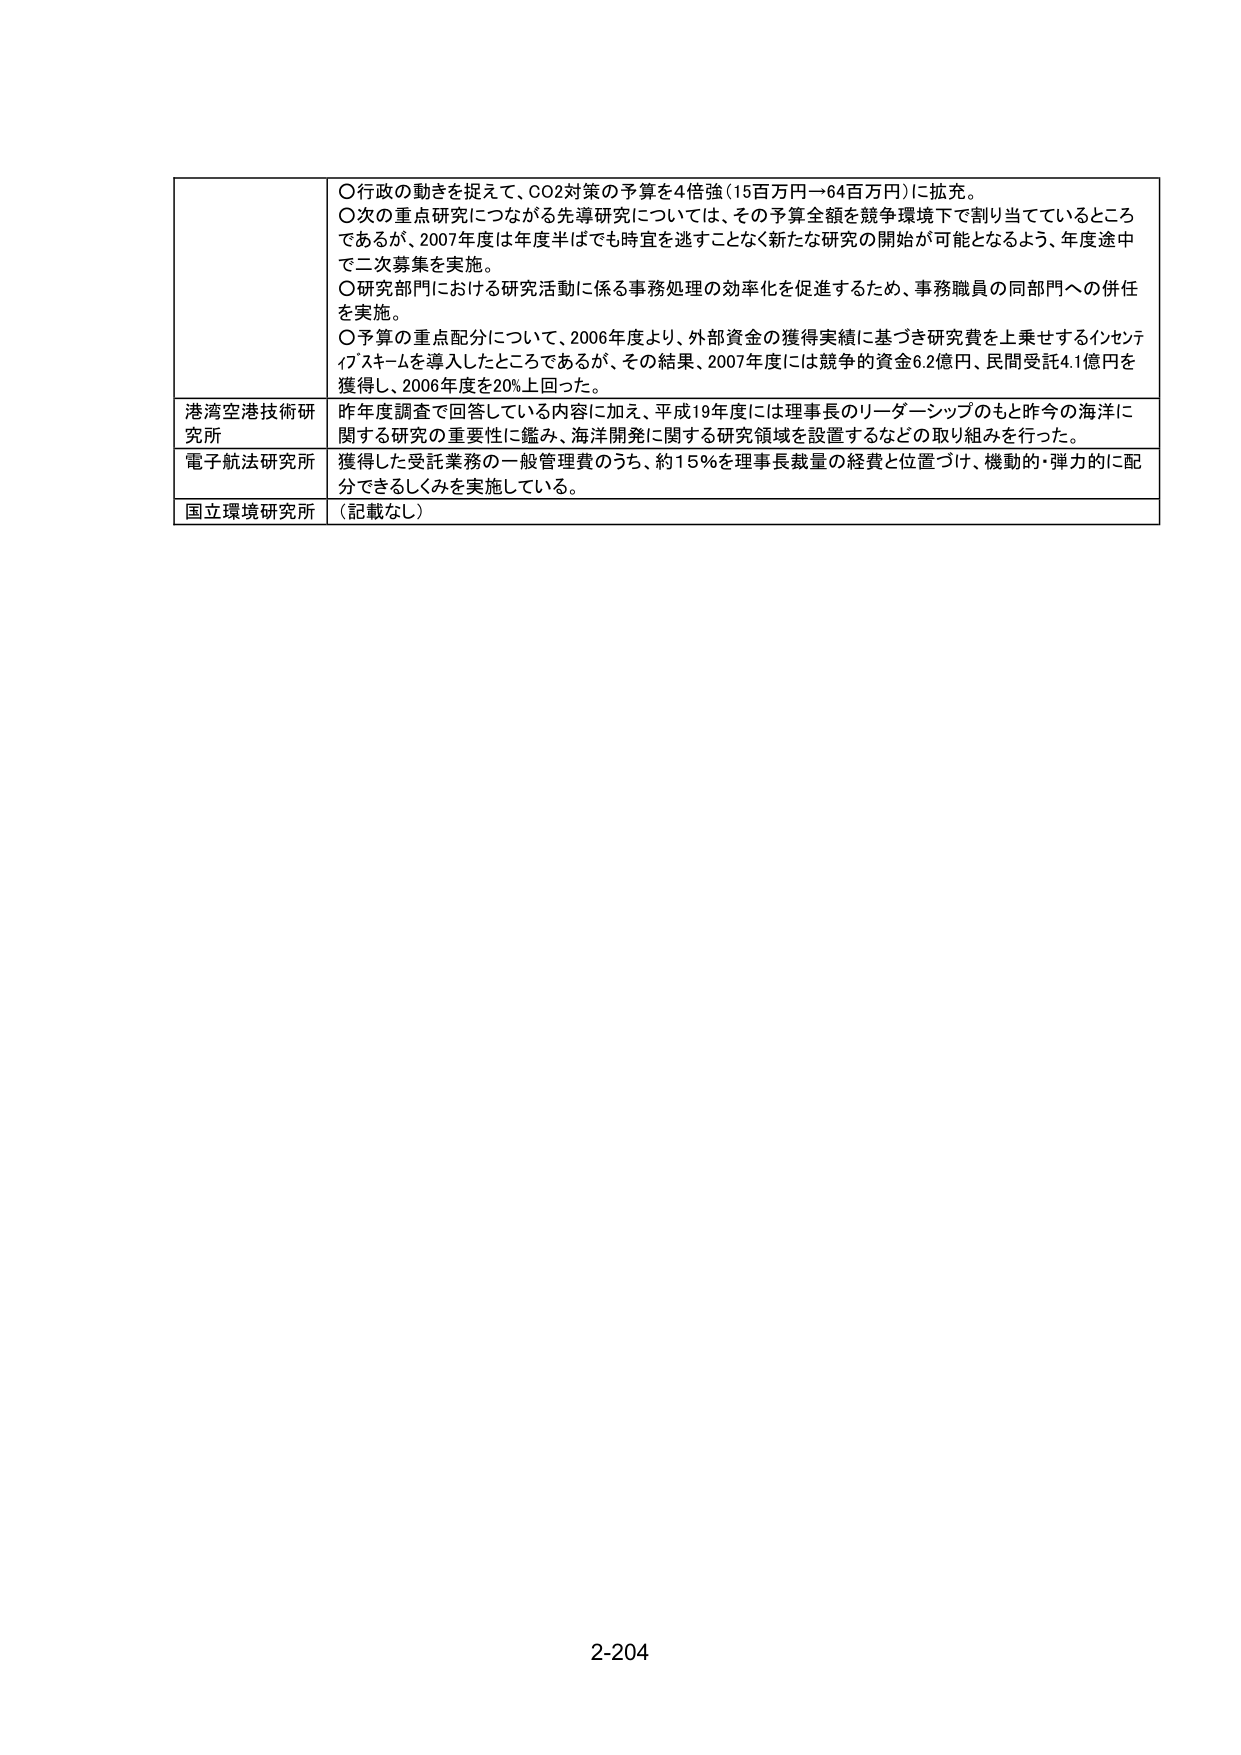
〇行政の動きを捉えて、CO2対策の予算を4倍強（15百万円→64百万円）に拡充。
〇次の重点研究につながる先導研究については、その予算金額を競争環境下で割り当てているところであるが、2007年度は年度半ばでも時宜を逃すことなく新たな研究の開始が可能となるよう、年度途中で二次募集を実施。
〇研究部門における研究活動に係る事務処理の効率化を促進するため、事務職員の同部門への併任を実施。
〇予算の重点配分について、2006年度より、外部資金の獲得実績に基づき研究費を上乗せするインセンティブスキームを導入したところであるが、その結果、2007年度には競争的資金6.2億円、民間受託4.1億円を獲得し、2006年度を20％上回った。

港湾空港技術研究所　昨年度調査で回答している内容に加え、平成19年度には理事長のリーダーシップのもと昨今の海洋に関する研究の重要性に鑑み、海洋開発に関する研究領域を設置するなどの取り組みを行った。

電子航法研究所　獲得した受託業務の一般管理費のうち、約15％を理事長裁量の経費と位置づけ、機動的・弾力的に配分できるしくみを実施している。

国立環境研究所　（記載なし）

2-204